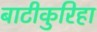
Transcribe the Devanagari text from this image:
बाटीकुरिहा